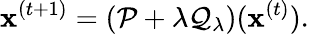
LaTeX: \mathbf{x}^{(t+1)}=(\mathcal{P}+\lambda\mathcal{Q}_{\lambda})(\mathbf{x}^{(t)}).